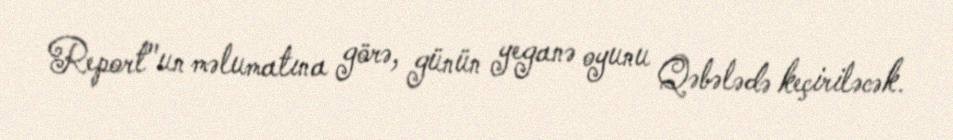
Report"un məlumatına görə, günün yeganə oyunu Qəbələdə keçiriləcək.